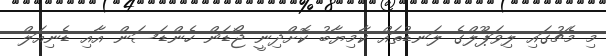
މި މެޗުގައި ލިވަޕޫލްގެ ލަނޑުތައް ކާމިޔާބު ކޮށްދިނީ ޖޯޑަން ހެންޑަސަން އާއި ޑެނިއަލް